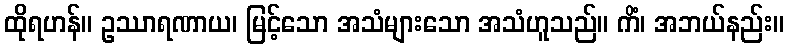
ထိုရဟန်။ ဥဿာရဏာယ၊ မြင့်သော အသံများသော အသံဟူသည်။ ကိံ၊ အဘယ်နည်း။